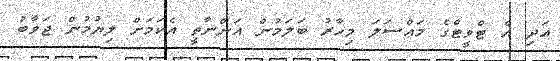
އަދި އެ ޓްވީޓްގެ މައްސަލަ މިހާރު ބަލަމުން އަންނާތީ އެކަމަށް ލިޔުމުން ޖަވާބު